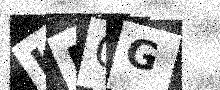
Text: KLOG